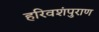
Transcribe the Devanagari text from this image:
हरिवशंपुराण